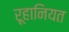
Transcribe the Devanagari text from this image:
रूहानियत